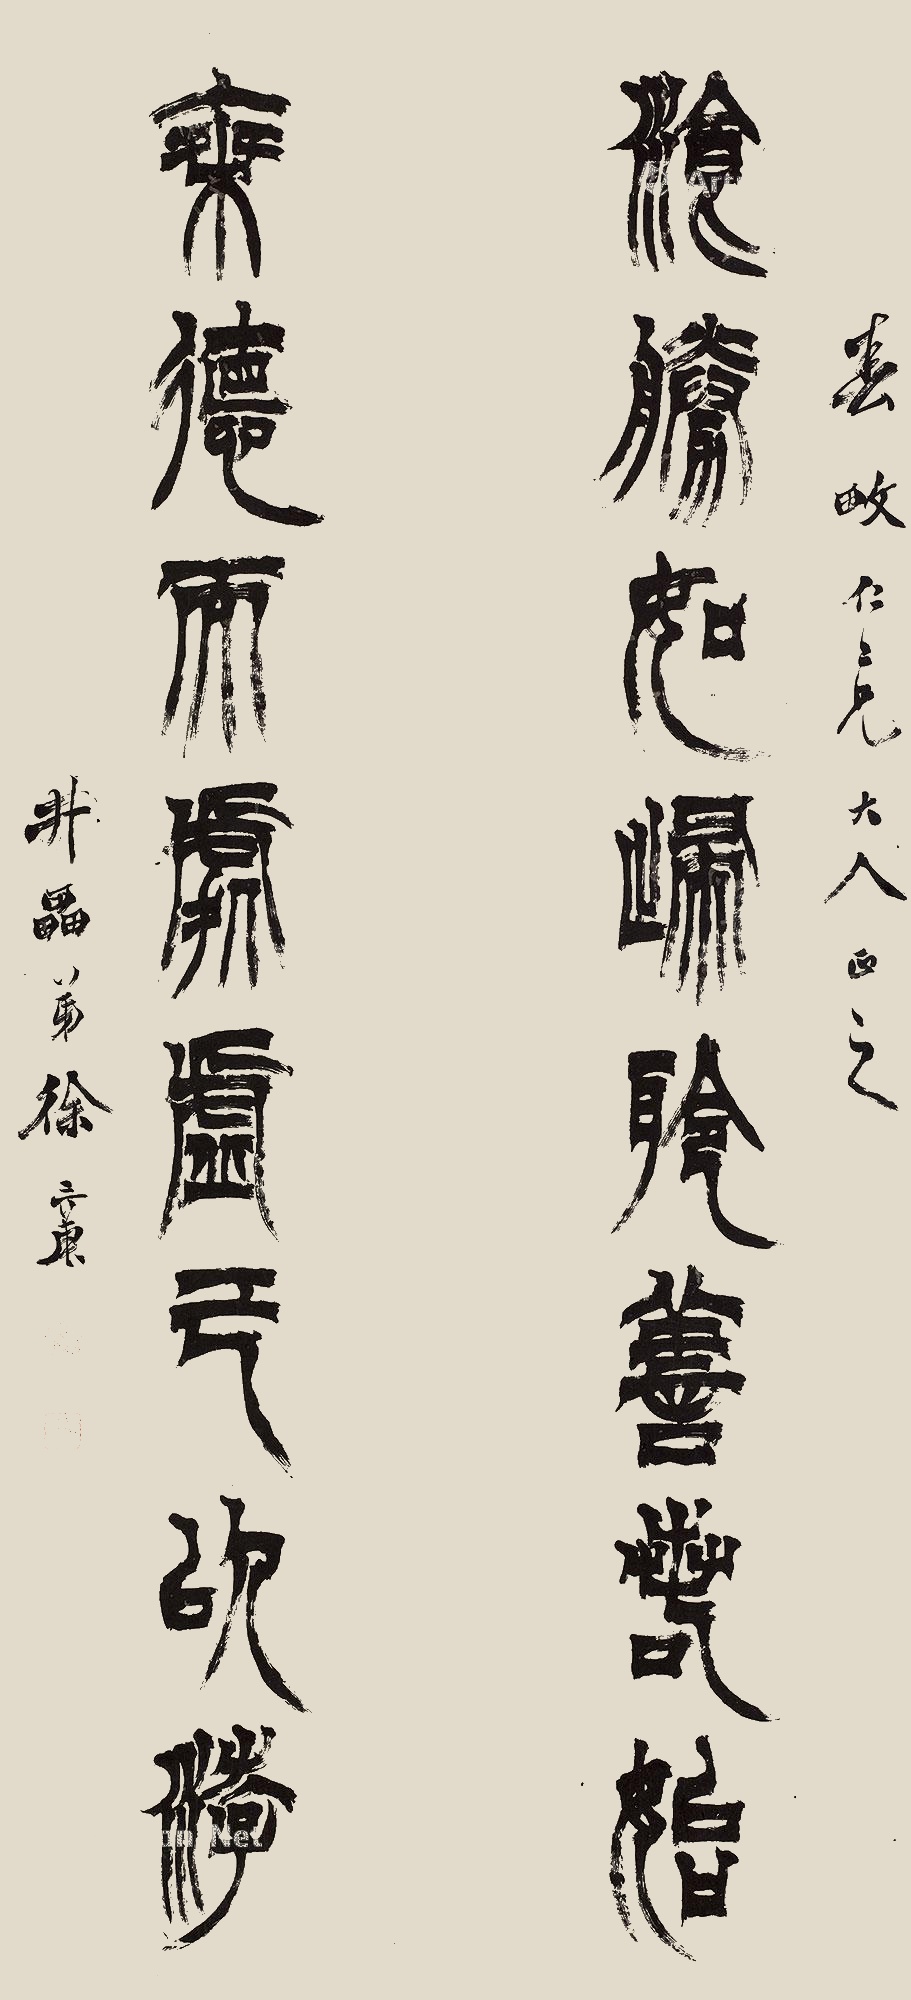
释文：飡胜如归聆善若始，乘德而处虚己以游。春畋仁二兄大人正之，井罍弟徐三庚。